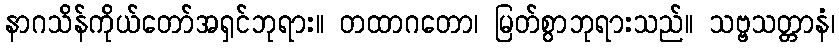
နာဂသိန်ကိုယ်တော်အရှင်ဘုရား။ တထာဂတော၊ မြတ်စွာဘုရားသည်။ သဗ္ဗသတ္တာနံ၊